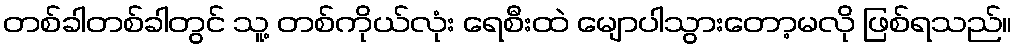
တစ်ခါတစ်ခါတွင် သူ့ တစ်ကိုယ်လုံး ရေစီးထဲ မျောပါသွားတော့မလို ဖြစ်ရသည်။